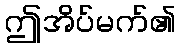
ဤအိပ်မက်၏